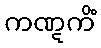
ကဏ္ဋကိံ